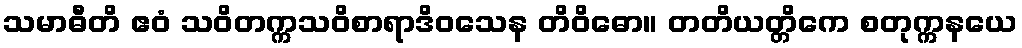
သမာဓီတိ ဧဝံ သဝိတက္ကသဝိစာရာဒိဝသေန တိဝိဓော။ တတိယတ္တိကေ စတုက္ကနယေ